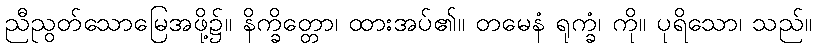
ညီညွတ်သောမြေအဖို့၌။ နိက္ခိတ္တော၊ ထားအပ်၏။ တမေနံ ရုက္ခံ၊ ကို။ ပုရိသော၊ သည်။